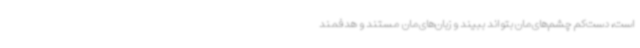
است، دست‌کم چشم‌های‌مان بتواند ببیند و زبان‌های‌مان مستند و هدفمند